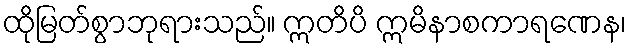
ထိုမြတ်စွာဘုရားသည်။ ဣတိပိ ဣမိနာစကာရဏေန၊